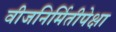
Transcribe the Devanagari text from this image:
वीजनिर्मितीपेक्षा